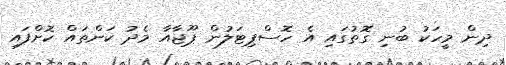
ދިން މީހަކު ބުނި ގޮތުގައި އެ ހޮސްޕިޓަލުން ޕޫޖާއާ މެދު ކަންތައް ކޮށްފައި